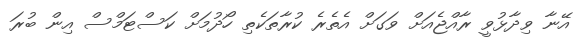
އޭނާ ވިދާޅުވީ ރާއްޖެއަށް ވަގަށް އެތެރެ ކުރާތަކެތި ހޯދުމަށް ކަސްޓަމްސް އިން ބުރަ